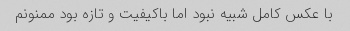
با عکس کامل شبیه نبود اما باکیفیت و تازه بود ممنونم